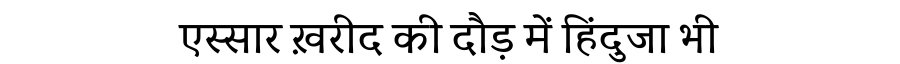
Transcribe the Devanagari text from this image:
एस्सार ख़रीद की दौड़ में हिंदुजा भी